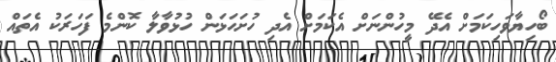
ބޯހިޔާވަހިކަމަށް އެދޭ މީހުންނަށް އެކަމަށް އެދި ހުށަހަޅަން ހުޅުވާލާ ކޮންމެ ފަހަރަކު އެތައް